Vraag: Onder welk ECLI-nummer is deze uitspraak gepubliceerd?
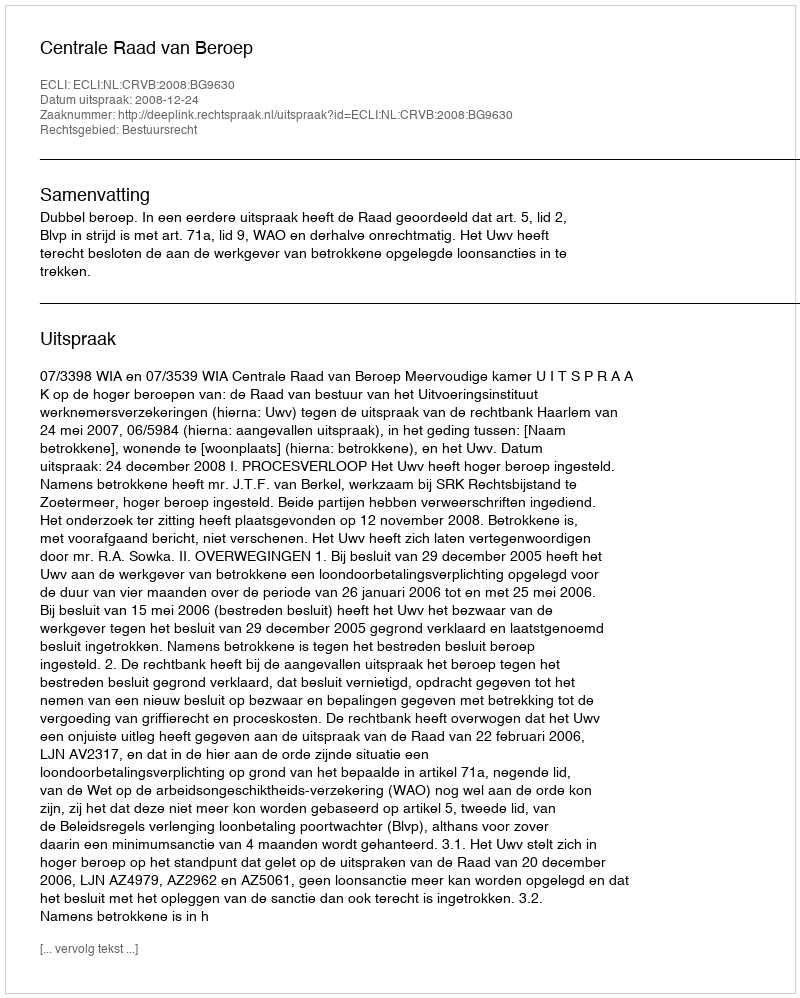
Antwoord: ECLI:NL:CRVB:2008:BG9630